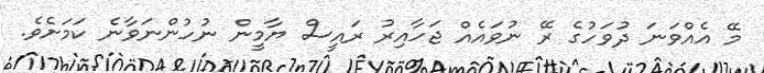
މޭ އެއްވަނަ ދުވަހުގެ ރޭ ނުވައެއް ޖަހާއިރު ރައީސް ޔާމީން ނުހުންނަވާނެ ކަމަށެވެ.